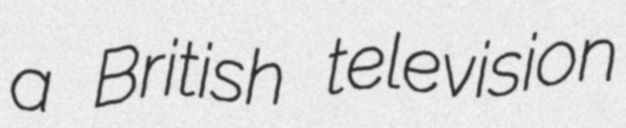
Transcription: a British television